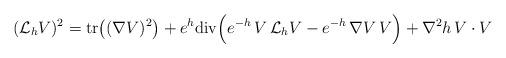
LaTeX: \begin{align*} (\mathcal{L}_hV) ^2=\mathrm{tr}\big((\nabla V)^2\big)+e^h\mathrm{div}\Big(e^{-h}\,V\,\mathcal{L}_hV -e^{-h}\, \nabla V \, V\Big)+ \nabla^2 h\,V\cdot V \quad \end{align*}